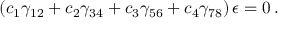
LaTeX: ( c _ { 1 } \gamma _ { 1 2 } + c _ { 2 } \gamma _ { 3 4 } + c _ { 3 } \gamma _ { 5 6 } + c _ { 4 } \gamma _ { 7 8 } ) \, \epsilon = 0 \, .